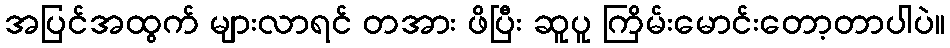
အပြင်အထွက် များလာရင် တအား ဖိပြီး ဆူပူ ကြိမ်းမောင်းတော့တာပါပဲ။